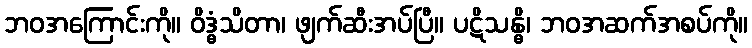
ဘဝအကြောင်းကို။ ဝိဒ္ဓံသိတာ၊ ဖျက်ဆီးအပ်ပြီ။ ပဋိသန္ဓိ၊ ဘဝအဆက်အစပ်ကို။